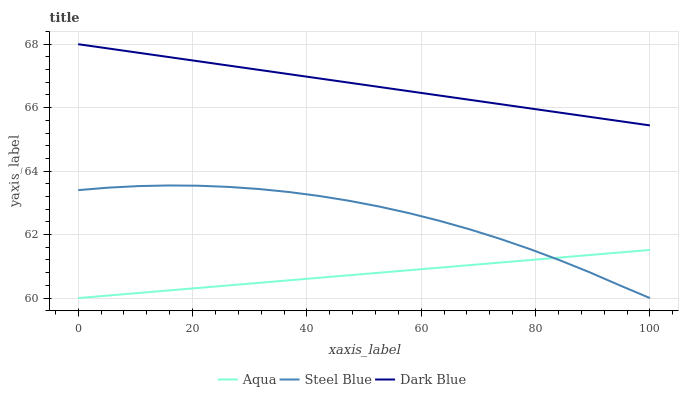
| xaxis_label | Aqua | Steel Blue | Dark Blue |
 | --- | --- | --- | --- |
 | 0 | 60 | 63.4 | 68 |
 | 5.26 | 60.1 | 63.5 | 67.9 |
 | 10.5 | 60.2 | 63.5 | 67.7 |
 | 15.8 | 60.2 | 63.5 | 67.6 |
 | 21.1 | 60.3 | 63.5 | 67.5 |
 | 26.3 | 60.4 | 63.5 | 67.3 |
 | 31.6 | 60.5 | 63.4 | 67.2 |
 | 36.8 | 60.6 | 63.3 | 67.1 |
 | 42.1 | 60.6 | 63.2 | 66.9 |
 | 47.4 | 60.7 | 63.1 | 66.8 |
 | 52.6 | 60.8 | 62.9 | 66.7 |
 | 57.9 | 60.9 | 62.7 | 66.5 |
 | 63.2 | 61 | 62.4 | 66.4 |
 | 68.4 | 61 | 62.2 | 66.2 |
 | 73.7 | 61.1 | 61.9 | 66.1 |
 | 78.9 | 61.2 | 61.5 | 66 |
 | 84.2 | 61.3 | 61.2 | 65.8 |
 | 89.5 | 61.4 | 60.8 | 65.7 |
 | 94.7 | 61.4 | 60.4 | 65.6 |
 | 100 | 61.5 | 60 | 65.4 |